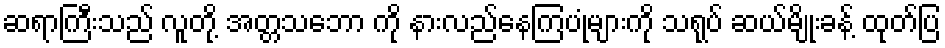
ဆရာကြီးသည် လူတို့ အတ္တသဘော ကို နားလည်နေကြပုံများကို သရုပ် ဆယ်မျိုးခန့် ထုတ်ပြ